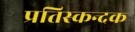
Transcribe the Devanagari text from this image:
प्रतिस्कन्दक